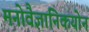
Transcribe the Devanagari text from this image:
मनोवैज्ञानिकयोन